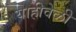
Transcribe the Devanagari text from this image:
याहीवेळी